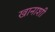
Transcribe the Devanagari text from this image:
खानाशी